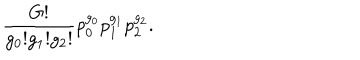
\frac { G ! } { g _ { 0 } ! g _ { 1 } ! g _ { 2 } ! } p _ { 0 } ^ { g _ { 0 } } p _ { 1 } ^ { g _ { 1 } } p _ { 2 } ^ { g _ { 2 } } .